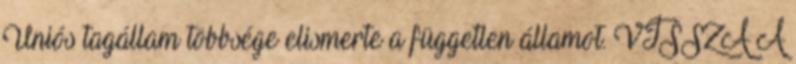
Uniós tagállam többsége elismerte a független államot. VISSZA A